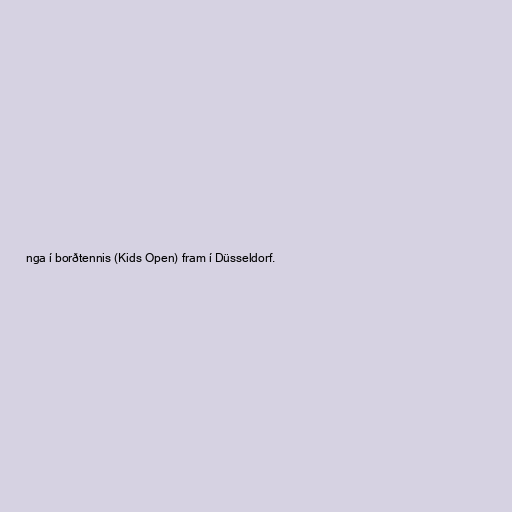
nga í borðtennis (Kids Open) fram í Düsseldorf.